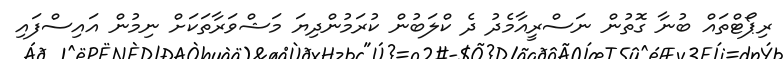
ރިޕޯޓްތައް ބުނާ ގޮތުން ނަސްރީއާމެދު ދެ ކްލަބުން ކުރަމުންދިޔަ މަޝްވަރާތަކަށް ނިމުން އައިސްފައި